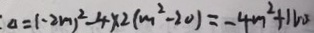
\Delta = ( - 2 m ) ^ { 2 } - 4 \times 2 ( m ^ { 2 } - 2 0 ) = - 4 m ^ { 2 } + 1 6 0